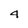
Character: 4